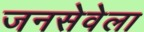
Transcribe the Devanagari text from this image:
जनसेवेला